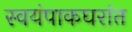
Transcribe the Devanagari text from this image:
स्वयंपाकघरांत